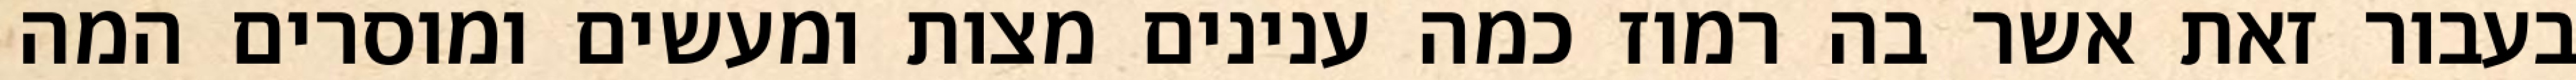
בעבור זאת אשר בה רמוז כמה ענינים מצות ומעשים ומוסרים המה